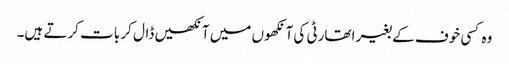
وہ کسی خوف کے بغیر اتھارٹی کی آنکھوں میں آنکھیں ڈال کر بات کرتے ہیں۔